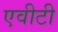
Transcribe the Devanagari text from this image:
एवीटी